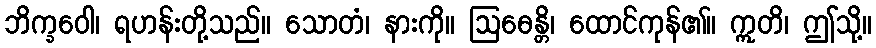
ဘိက္ခဝေါ၊ ရဟန်းတို့သည်။ သောတံ၊ နားကို။ ဩဓေန္တိ၊ ထောင်ကုန်၏။ ဣတိ၊ ဤသို့။